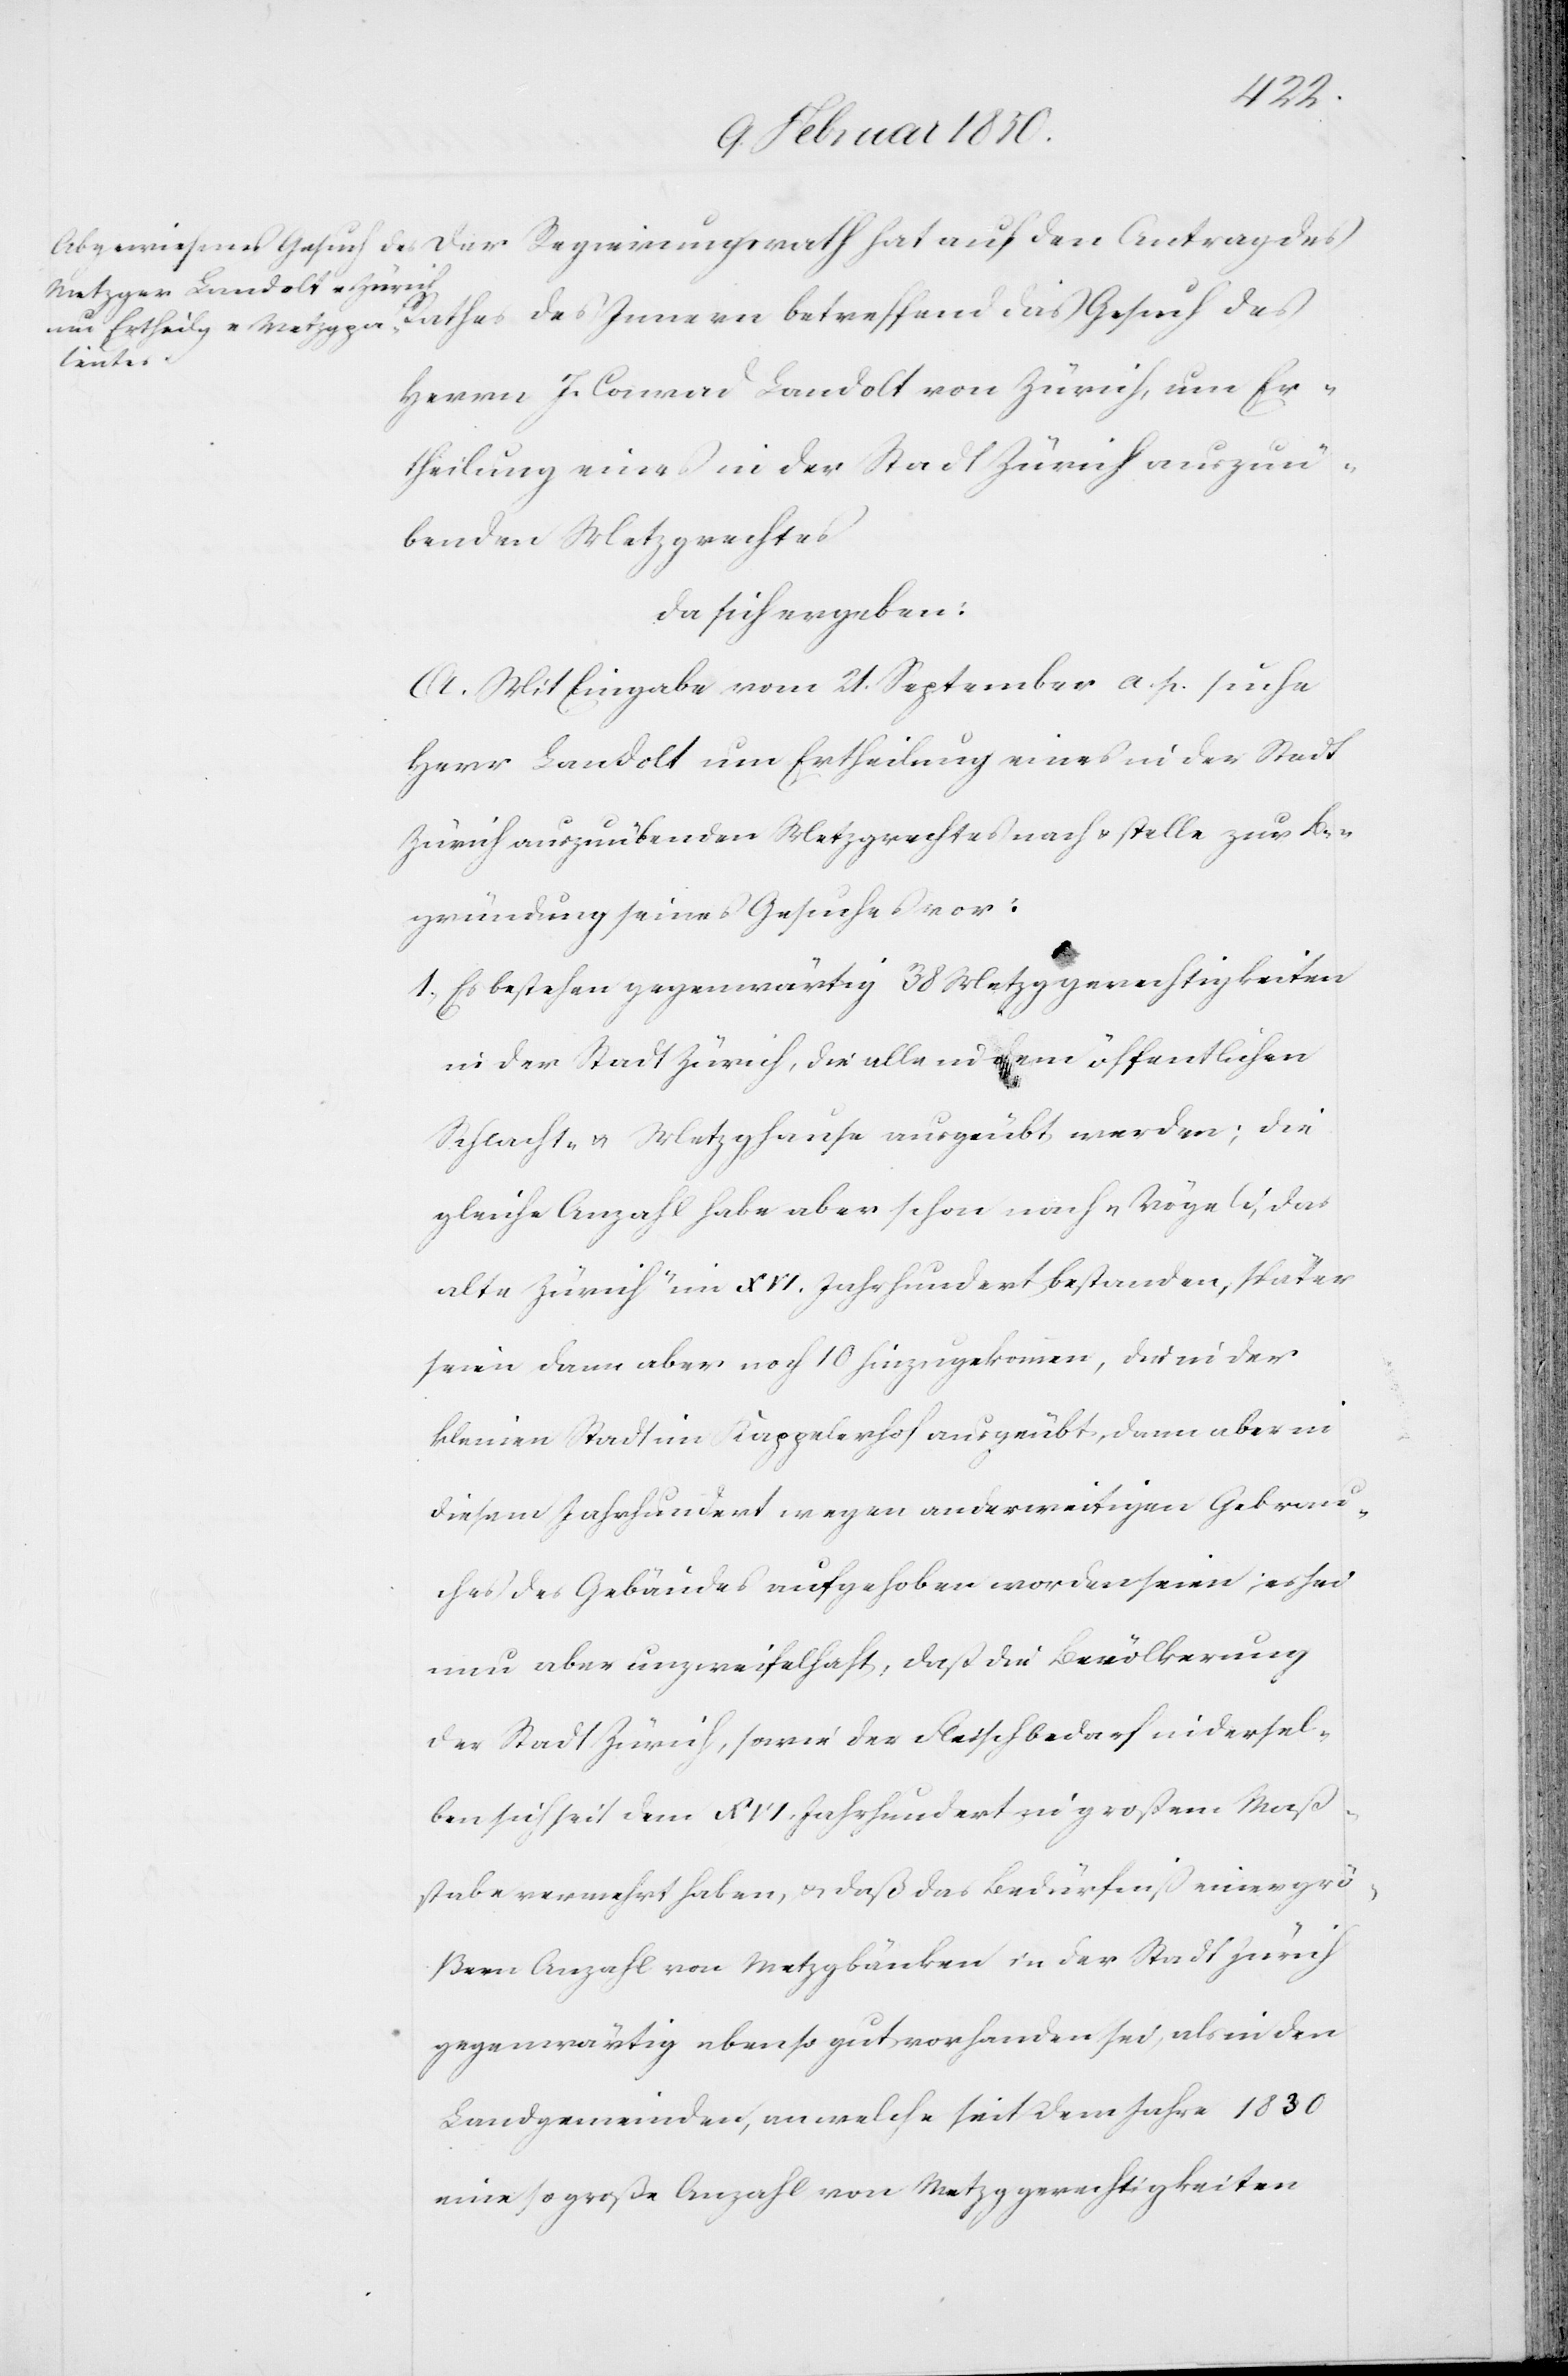
den Antrag des Rathes des Innern betreffend das Gesuch des
auf
Herrn J. Conrad Landolt von Zürich, um Er¬
theilung eines in der Stadt Zürich auszuü¬
benden Metzgrechtes
da sich ergeben:
A. Mit Eingabe vom 21. September a. p. suche
Herr Landolt um Ertheilung eines in der Stadt
Zürich auszuübenden Metzgrechtes nach u. stelle zur Be¬
gründung seines Gesuches vor:
1. Es bestehen gegenwärtig 38 Metzggerechtigkeiten
in der Stadt Zürich, die alle in dem öffentlichen
Schlacht- u. Metzghause ausgeübt werden; die
gleiche Anzahl habe aber schon nach „Vögeli, das
alte Zürich“ im XVI. Jahrhundert bestanden, später
seien dann aber noch 10 hinzugekommen, die in der
kleinen Stadt im Kappelerhof ausgeübt, dann aber in
diesem Jahrhundert wegen anderweitigen Gebrau¬
ches des Gebäudes aufgehoben worden seien; es sei
nun aber unzweifelhaft, daß die Bevölkerung
der Stadt Zürich, sowie der Fleischbedarf in dersel¬
ben sich seit dem XVI. Jahrhundert in großem Maß¬
stabe vermehrt haben, u. daß das Bedürfniß einer grö¬
ßern Anzahl von Metzgbänken in der Stadt Zürich
gegenwärtig ebenso gut vorhanden sei, als in den
Landgemeinden, an welche seit dem Jahre 1830
eine so große Anzahl von Metzggerechtigkeiten